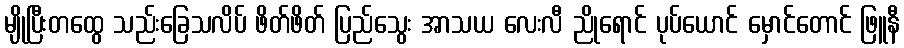
မျိုပြီးတထွေ သည်းခြေသလိပ် ဖိတ်ဖိတ် ပြည်သွေး အာသယ လေးလီ ညိုရောင် ပုပ်ယောင် မှောင်တောင် ဖြူနီ